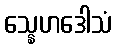
သ္နေဟဒေါသံ